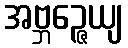
အဗ္ဘဉ္ဇေယျ